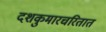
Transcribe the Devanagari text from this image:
दशकुमारचरितात